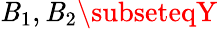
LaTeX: \mathit{B}_{1},\mathit{B}_{2}\subseteqY